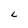
Character: L